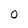
Character: O